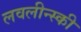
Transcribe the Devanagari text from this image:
लवलीन्स्की